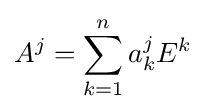
A^{j}=\sum _{k=1}^{n}a_{k}^{j}E^{k}